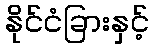
နိုင်ငံခြားနှင့်